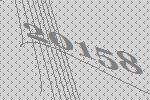
20158